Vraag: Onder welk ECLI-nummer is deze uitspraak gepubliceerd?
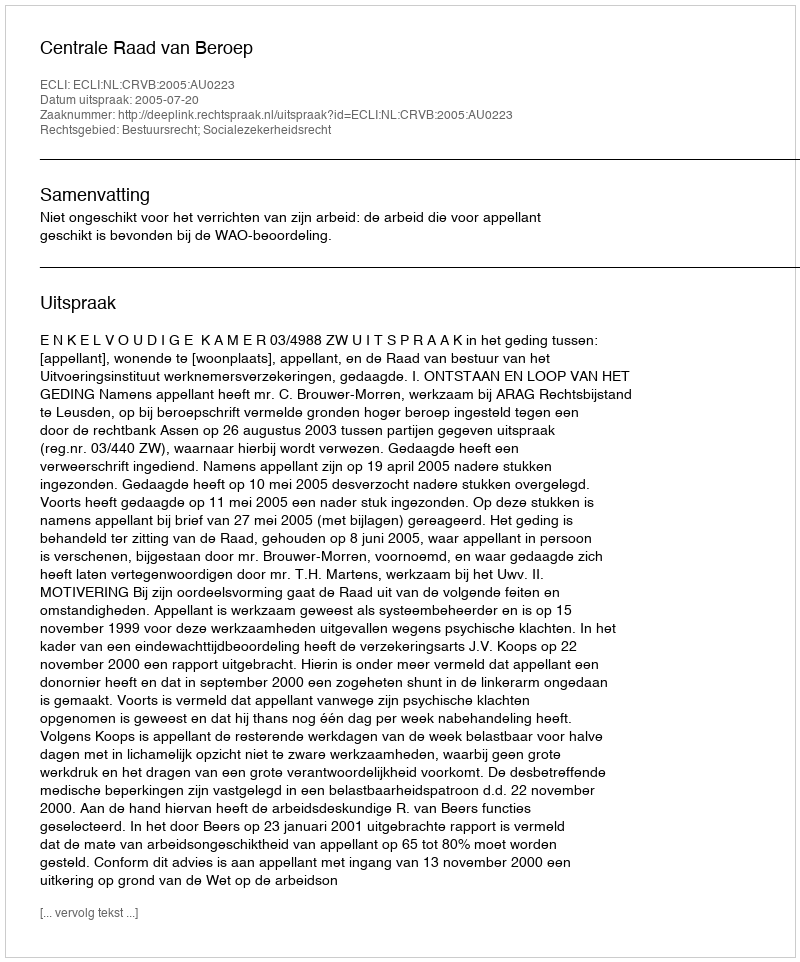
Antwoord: ECLI:NL:CRVB:2005:AU0223